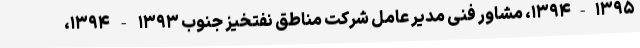
۱۳۹۴-۱۳۹۵، مشاور فنی مدیر عامل شرکت مناطق نفتخیز جنوب ۱۳۹۳ - ۱۳۹۴،